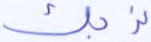
نربك